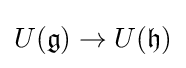
U({\mathfrak {g}})\rightarrow U({\mathfrak {h}})